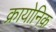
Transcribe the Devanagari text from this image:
क्रायोनिक